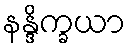
နန္ဒိက္ခယာ